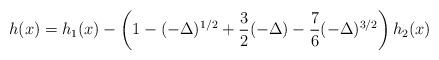
LaTeX: \begin{align*}h(x) = h_1(x) - \left(1 - (-\Delta)^{1/2} +\frac{3}{2} (-\Delta) - \frac{7}{6} (-\Delta)^{3/2}\right) h_2(x)\end{align*}